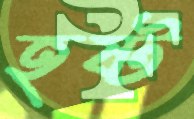
হষ্ট